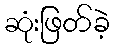
ဆုံးဖြတ်ခဲ့